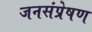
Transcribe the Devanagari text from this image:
जनसंप्रेषण